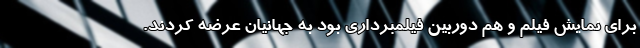
برای نمایش فیلم و هم دوربین فیلمبرداری بود به جهانیان عرضه کردند.